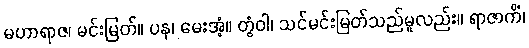
မဟာရာဇ၊ မင်းမြတ်။ ပန၊ မေးအံ့။ တွံဝါ၊ သင်မင်းမြတ်သည်မူလည်း။ ရာဇာကိံ၊